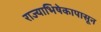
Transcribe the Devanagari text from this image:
राज्याभिषेकापासून